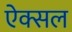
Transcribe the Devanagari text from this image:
ऐक्सल